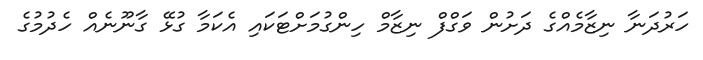
ހަރުދަނާ ނިޒާމެއްގެ ދަށުން ވަގްފް ނިޒާމް ހިންގުމަށްޓަކައި އެކަމާ ގުޅޭ ގާނޫނެއް ހެދުމުގެ